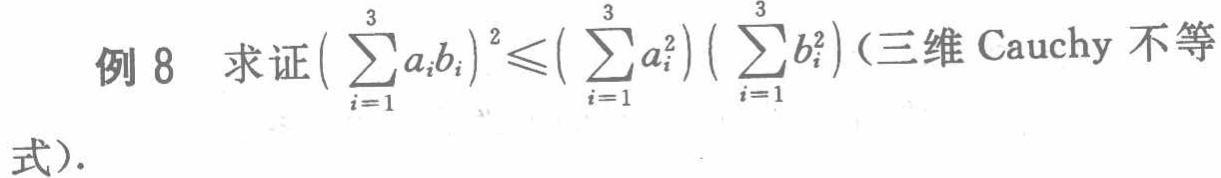
例 8 求证\((\sum_{i = 1}^{3}a_{i}b_{i})^{2}\leqslant(\sum_{i = 1}^{3}a_{i}^{2})(\sum_{i = 1}^{3}b_{i}^{2})\)（三维 Cauchy 不等式）.